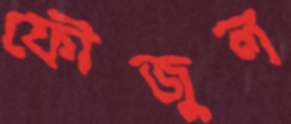
ফৌজুল